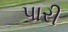
પારી